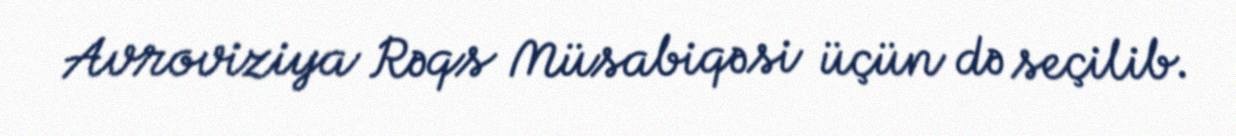
Avroviziya Rəqs Müsabiqəsi üçün də seçilib.